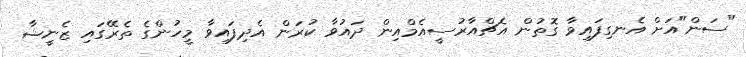
"ސަން"އަށް އެނގިފައިވާ ގޮތުން އެޗްއާރުސީއެމްއިން ދައުވާ ކުރަން އެދިފައިވާ މީހުންގެ ތެރޭގައި ޒެނީޝާ